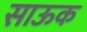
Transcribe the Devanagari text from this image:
साऊक